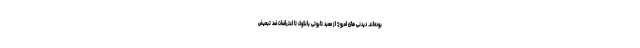
بوده‌اند. دیدنی های امروز؛ از معبد تابوتی بانکوک تا اعتراضات ضد تبعیض